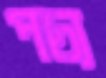
পচ্য